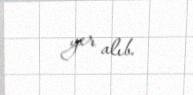
yer alıb.